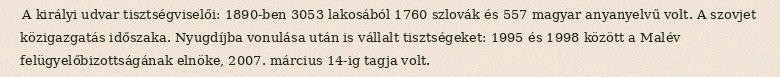
A királyi udvar tisztségviselői: 1890-ben 3053 lakosából 1760 szlovák és 557 magyar anyanyelvű volt. A szovjet közigazgatás időszaka. Nyugdíjba vonulása után is vállalt tisztségeket: 1995 és 1998 között a Malév felügyelőbizottságának elnöke, 2007. március 14-ig tagja volt.